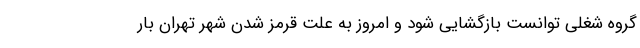
گروه شغلی توانست بازگشایی شود و امروز به علت قرمز شدن شهر تهران بار